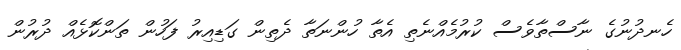
ހެނދުނުގެ ނާސްތާވެސް ކުރުމެއްނެތި އެތާ ހުންނަތާ ދެތިން ގަޑިއިރު ފަހުން ތަންކޮޅެއް ދުރުން